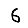
Digit: 6